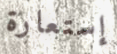
إستعارة